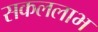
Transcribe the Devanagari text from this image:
सकललाभ